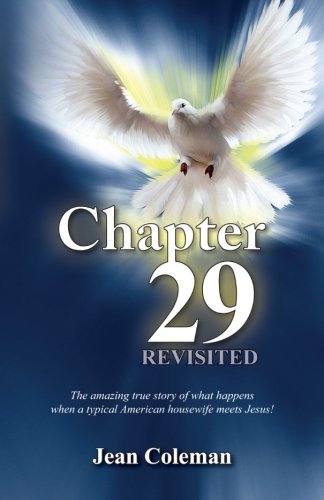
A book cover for Chapter 29 Revisited: The amazing true story of what happens when a typical American housewife meets Jesus!; Jean Coleman; Christian Books & Bibles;